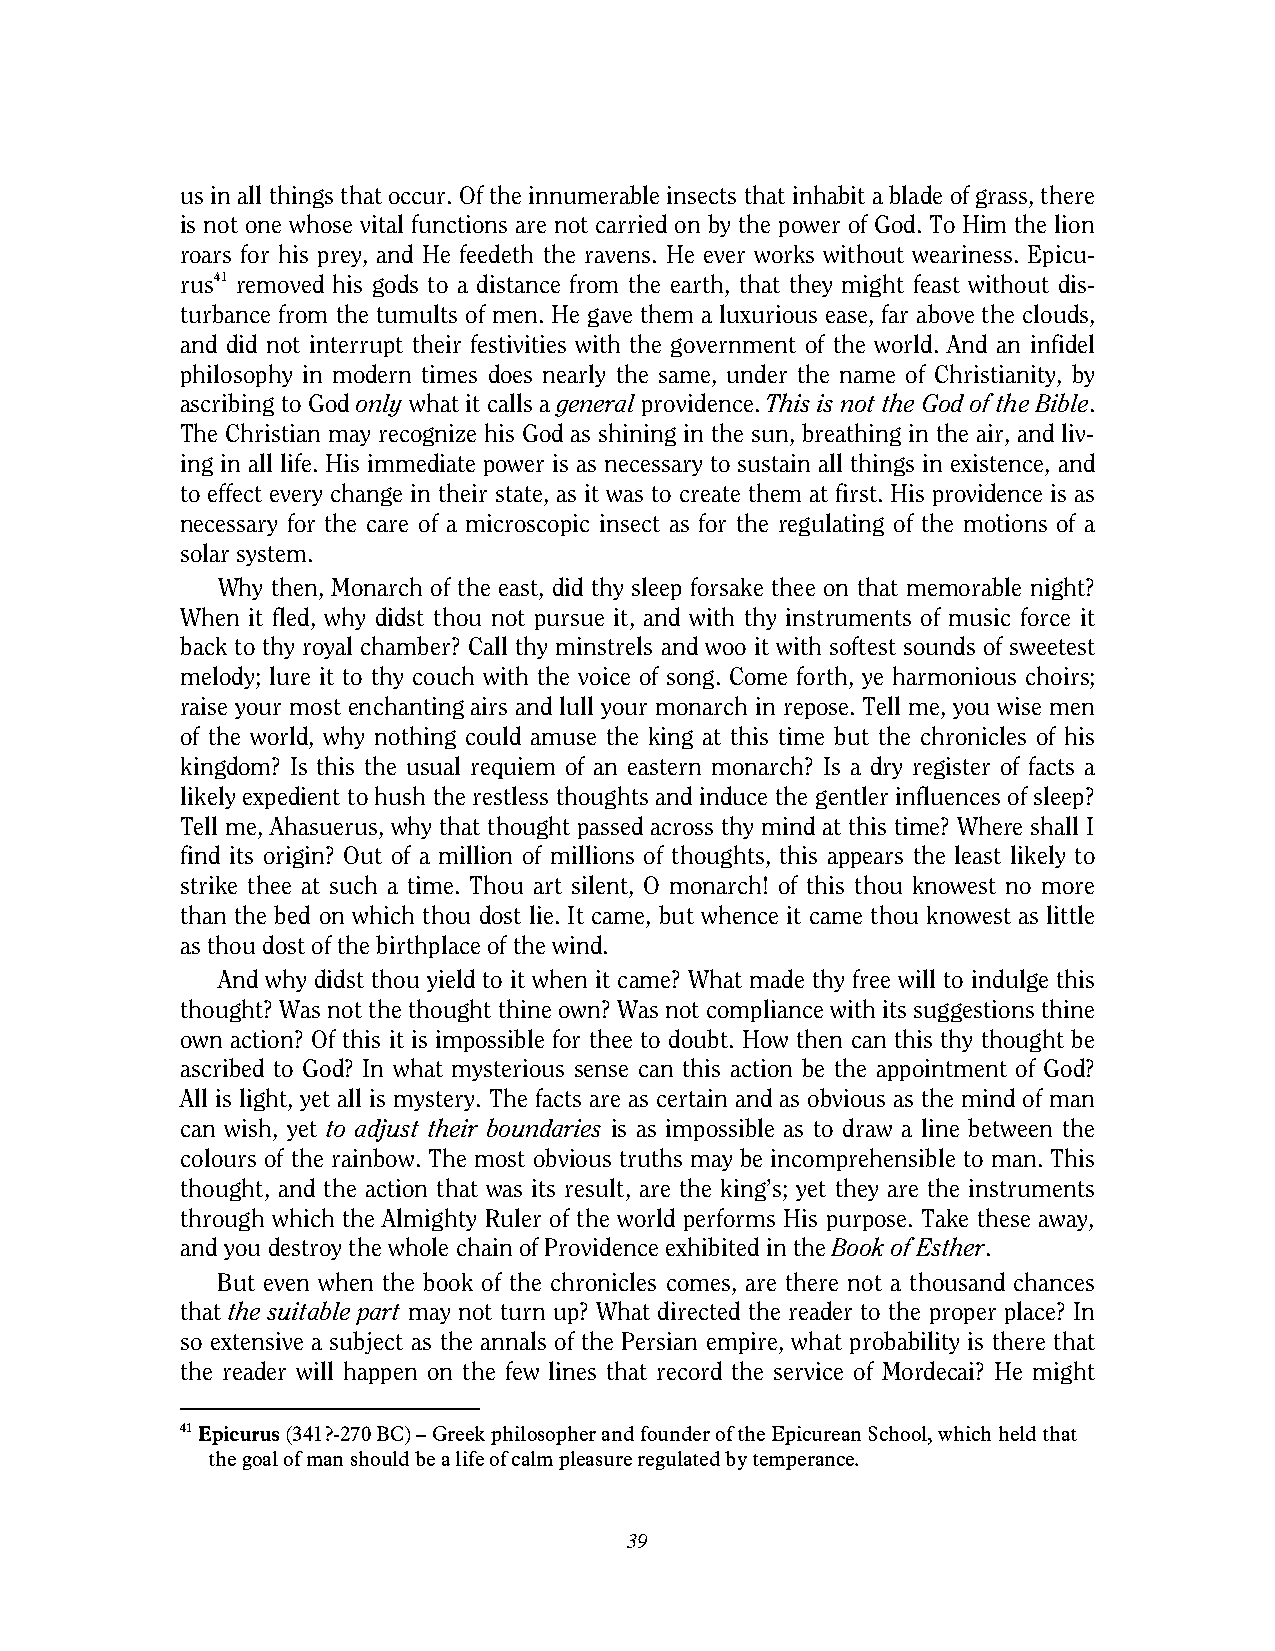
us in all things that occur. Of the innumerable insects that inhabit a blade of grass, there
 is not one whose vital functions are not carried on by the power of God. To Him the lion
 roars for his prey, and He feedeth the ravens. He ever works without weariness. Epicu-
 rus41 removed his gods to a distance from the earth, that they might feast without dis-
 turbance from the tumults of men. He gave them a luxurious ease, far above the clouds,
 and did not interrupt their festivities with the government of the world. And an infidel
 philosophy in modern times does nearly the same, under the name of Christianity, by
 ascribing to God only what it calls a general providence. This is not the God of the Bible.
 The Christian may recognize his God as shining in the sun, breathing in the air, and liv-
 ing in all life. His immediate power is as necessary to sustain all things in existence, and
 to effect every change in their state, as it was to create them at first. His providence is as
 necessary for the care of a microscopic insect as for the regulating of the motions of a
 solar system.
 Why then, Monarch of the east, did thy sleep forsake thee on that memorable night?
 When it fled, why didst thou not pursue it, and with thy instruments of music force it
 back to thy royal chamber? Call thy minstrels and woo it with softest sounds of sweetest
 melody; lure it to thy couch with the voice of song. Come forth, ye harmonious choirs;
 raise your most enchanting airs and lull your monarch in repose. Tell me, you wise men
 of the world, why nothing could amuse the king at this time but the chronicles of his
 kingdom? Is this the usual requiem of an eastern monarch? Is a dry register of facts a
 likely expedient to hush the restless thoughts and induce the gentler influences of sleep?
 Tell me, Ahasuerus, why that thought passed across thy mind at this time? Where shall I
 find its origin? Out of a million of millions of thoughts, this appears the least likely to
 strike thee at such a time. Thou art silent, O monarch! of this thou knowest no more
 than the bed on which thou dost lie. It came, but whence it came thou knowest as little
 as thou dost of the birthplace of the wind.
 And why didst thou yield to it when it came? What made thy free will to indulge this
 thought? Was not the thought thine own? Was not compliance with its suggestions thine
 own action? Of this it is impossible for thee to doubt. How then can this thy thought be
 ascribed to God? In what mysterious sense can this action be the appointment of God?
 All is light, yet all is mystery. The facts are as certain and as obvious as the mind of man
 can wish, yet to adjust their boundaries is as impossible as to draw a line between the
 colours of the rainbow. The most obvious truths may be incomprehensible to man. This
 thought, and the action that was its result, are the king’s; yet they are the instruments
 through which the Almighty Ruler of the world performs His purpose. Take these away,
 and you destroy the whole chain of Providence exhibited in the Book of Esther.
 But even when the book of the chronicles comes, are there not a thousand chances
 that the suitable part may not turn up? What directed the reader to the proper place? In
 so extensive a subject as the annals of the Persian empire, what probability is there that
 the reader will happen on the few lines that record the service of Mordecai? He might
 41 Epicurus (341?-270 BC) – Greek philosopher and founder of the Epicurean School, which held that
 the goal of man should be a life of calm pleasure regulated by temperance.
 39